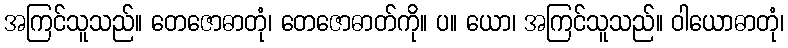
အကြင်သူသည်။ တေဇောဓာတုံ၊ တေဇောဓာတ်ကို။ ပ။ ယော၊ အကြင်သူသည်။ ဝါယောဓာတုံ၊